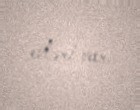
evləri var.